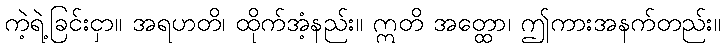
ကဲ့ရဲ့ခြင်းငှာ။ အရဟတိ၊ ထိုက်အံ့နည်း။ ဣတိ အတ္ထော၊ ဤကားအနက်တည်း။